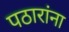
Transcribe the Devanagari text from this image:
पठारांना